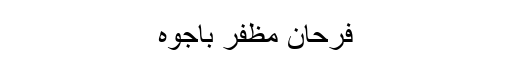
فرحان مظفر باجوہ